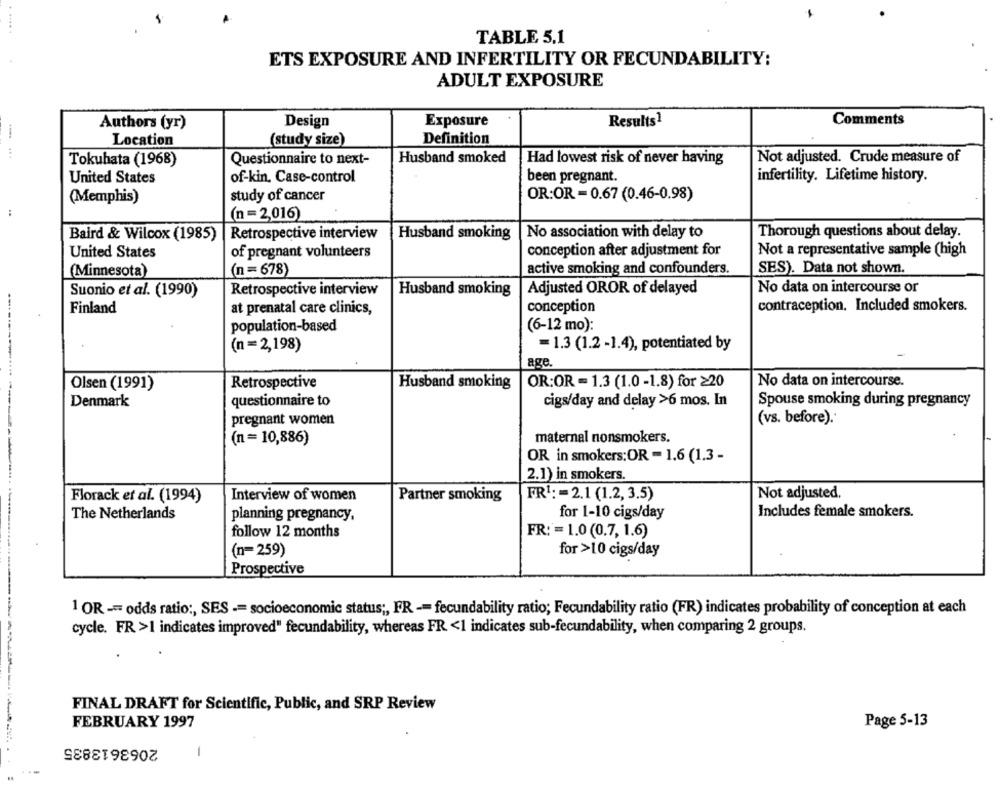
TABLE 5.1
ETS EXPOSURE AND INFERTILITY OR FECUNDABILITY:
ADULT EXPOSURE
Authors (yr)
Design
Exposure
Results1
Comments
Location
(study size)
Definition
...
Husband smoked
Not adjusted. Crude measure of
Tokuhata (1968)
Questionnaire to next-
Had lowest risk of never having
United States
of-kin, Case-control
been pregnant.
infertility. Lifetime history.
(Memphis)
study of cancer
OR:OR =0.67 (0.46-0.98)
(n =2,016)
Baird & Wilcox (1985)
Retrospective interview
Husband smoking
No association with delay to
Thorough questions about delay.
of pregnant volunteers
conception after adjustment for
Not a representative sample (high
United States
active smoking and confounders.
(Minnesota)
(n =678)
SES). Data not shown.
Suonio et al. (1990)
Retrospective interview
Husband smoking
Adjusted OROR of delayed
No data on intercourse or
contraception. Included smokers.
Finland
at prenatal care clinics,
conception
population-based
(6-12 mo):
(n = 2,198)
=1.3 (1.2 -1.4), potentiated by
age.
Olsen (1991)
Retrospective
Husband smoking
OR:OR = 1.3 (1.0-1.8) for ≥20
No data on intercourse.
Denmark
questionnaire to
cigs/day and delay >6 mos. In
Spouse smoking during pregnancy
(vs. before).
pregnant women
(n = 10,886)
maternal nonsmokers.
OR in smokers:OR = 1.6 (1.3 -
2.1) in smokers.
Florack et al. (1994)
Interview of women
Partner smoking
FR1: = 2.1 (1.2, 3.5)
Not adjusted.
for 1-10 cigs/day
Includes female smokers.
The Netherlands
planning pregnancy,
follow 12 months
FR: = 1.0 (0.7, 1.6)
(n= 259)
for >10 cigs/day
Prospective
1 OR -= odds ratio :, SES -= socioeconomic status ;, FR -= fecundability ratio; Fecundability ratio (FR) indicates probability of conception at each
cycle. FR >1 indicates improved" fecundability, whereas FR <1 indicates sub-fecundability, when comparing 2 groups.
FINAL DRAFT for Scientific, Public, and SRP Review
FEBRUARY 1997
Page 5-13
2063613835
-